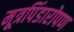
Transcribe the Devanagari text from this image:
मूत्रपिंडारोपण